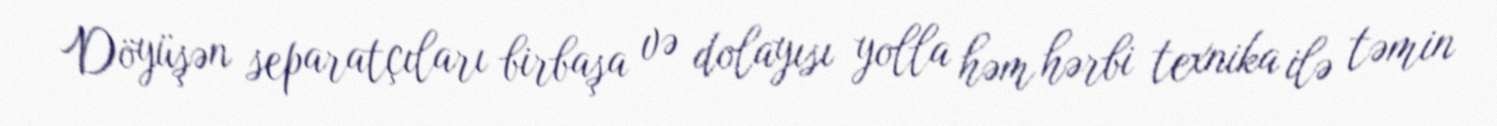
Döyüşən separatçıları birbaşa və dolayısı yolla həm hərbi texnika ilə təmin